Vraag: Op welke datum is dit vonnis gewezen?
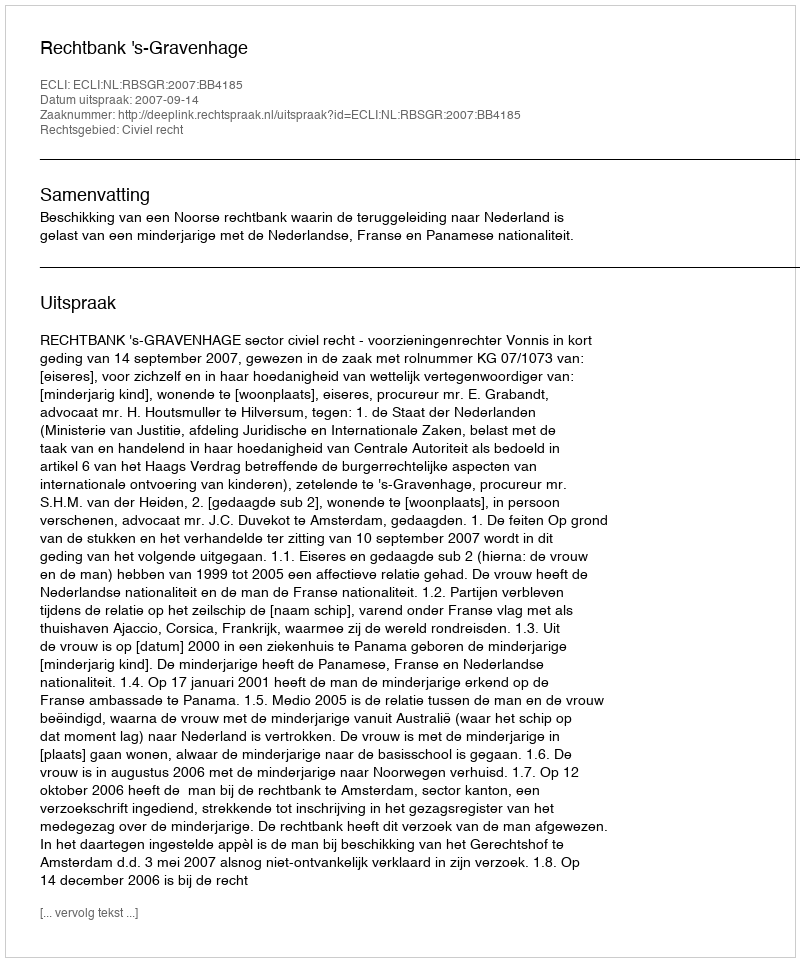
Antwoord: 2007-09-14